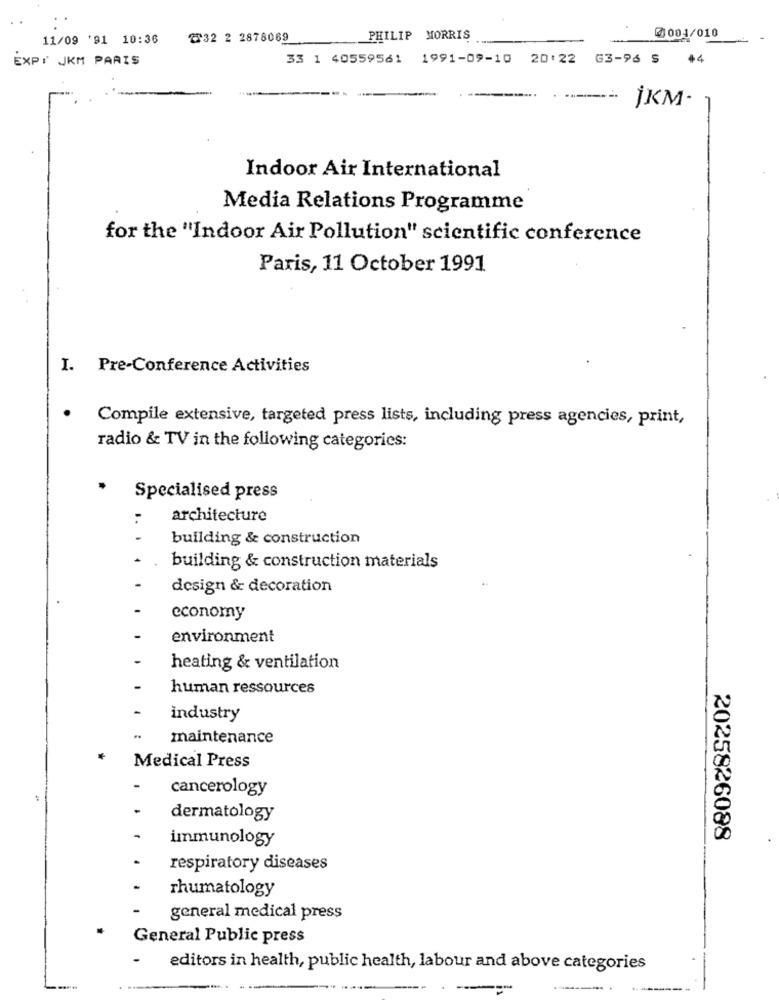
11/09 '91 10:36
2532 2 2878069
PHILIP MORRIS
0004/010
EXPI JKM PARIS
33 1 40559561 1991-09-10 20:22 G3-96 5 44
İKM-
Indoor Air International
Media Relations Programme
for the "Indoor Air Pollution" scientific conference
Paris, 11 October 1991
I. Pre-Conference Activities
.
Compile extensive, targeted press lists, including press agencies, print,
radio & TV in the following categories:
Specialised press
. .
architecture
building & construction
building & construction materials
design & decoration
economy
environment
heating & ventilation
human ressources
industry
maintenance
Medical Press
cancerology
dermatology
immunology
2025826088
respiratory diseases
rhumatology
general medical press
General Public press
editors in health, public health, labour and above categories
-